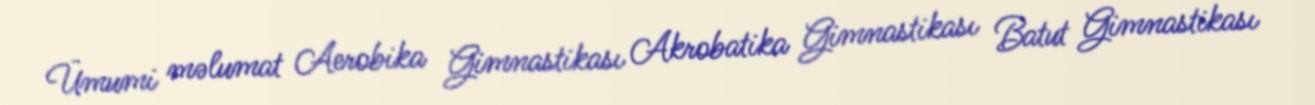
Ümumi məlumat Aerobika Gimnastikası Akrobatika Gimnastikası Batut Gimnastikası